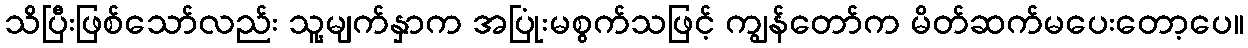
သိပြီးဖြစ်သော်လည်း သူ့မျက်နှာက အပြုံးမစွက်သဖြင့် ကျွန်တော်က မိတ်ဆက်မပေးတော့ပေ။